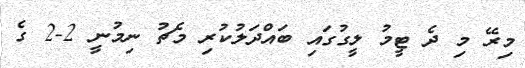
މިރޭ މި ދެ ޓީމު ލީގުގައި ބައްދަލުކުރި މެޗު ނިމުނީ 2-2 ގެ